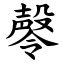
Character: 㲆